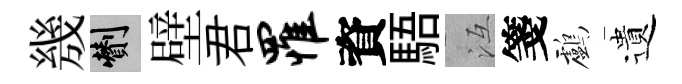
㡬剪壁君罹資䮏冱箋鸕遺